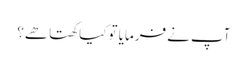
آپ نے فرمایا تو کیا کھتا ھے؟